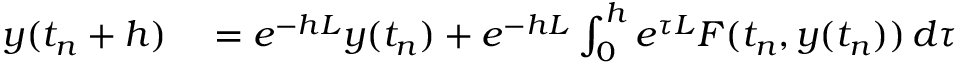
\begin{array} { r l } { y ( t _ { n } + h ) } & { { } = e ^ { - h L } y ( t _ { n } ) + e ^ { - h L } \int _ { 0 } ^ { h } e ^ { \tau L } F ( t _ { n } , y ( t _ { n } ) ) \, d \tau } \end{array}